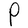
Character: P